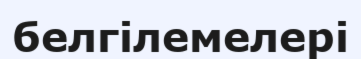
белгілемелері